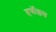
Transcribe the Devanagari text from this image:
हर्षोल्लस